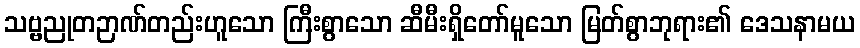
သဗ္ဗညုတဉာဏ်တည်းဟူသော ကြီးစွာသော ဆီမီးရှိတော်မူသော မြတ်စွာဘုရား၏ ဒေသနာမယ